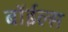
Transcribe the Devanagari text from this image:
बॉईल्स